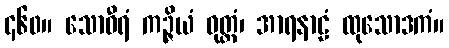
၄၆၀။ သောဝီရံ ကဉ္ဇိယံ ဝုတ္တံ၊ အာရနာဠံ ထုသောဒကံ။